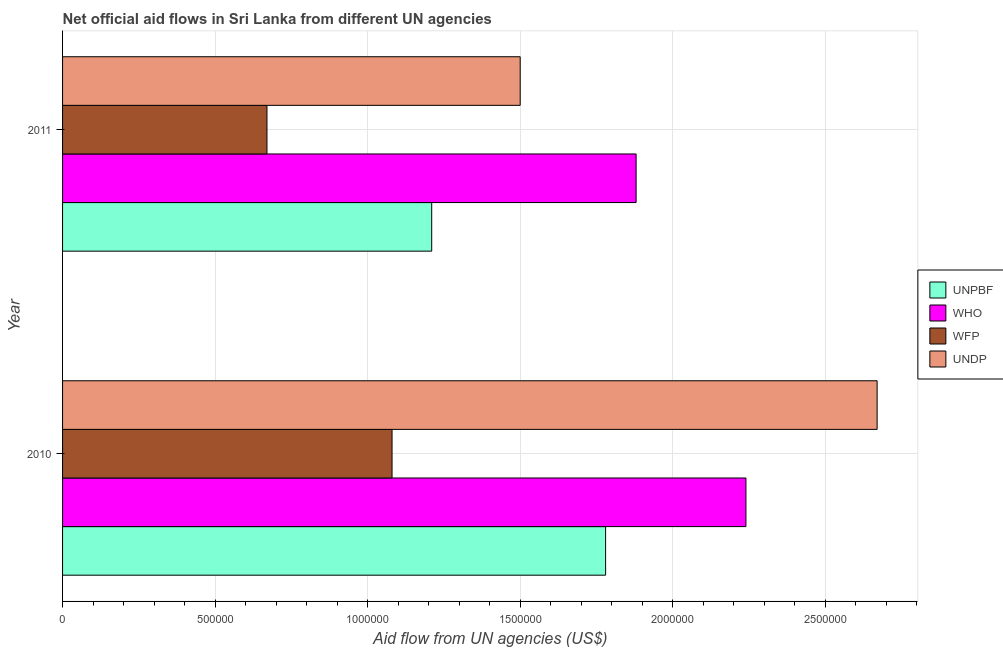
| Year | UNPBF | WHO | WFP | UNDP |
 | --- | --- | --- | --- | --- |
 | 2010 | 1.78e+06 | 2.24e+06 | 1.08e+06 | 2.67e+06 |
 | 2011 | 1.21e+06 | 1.88e+06 | 6.7e+05 | 1.5e+06 |